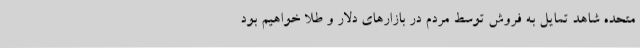
متحده شاهد تمایل به فروش توسط مردم در بازارهای دلار و طلا خواهیم بود